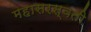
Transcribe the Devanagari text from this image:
महासरस्‍वती